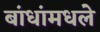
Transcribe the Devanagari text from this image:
बांधांमधले